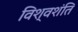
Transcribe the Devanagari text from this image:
विश्वशंति